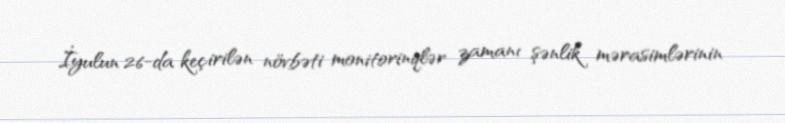
İyulun 26-da keçirilən növbəti monitorinqlər zamanı şənlik mərasimlərinin